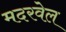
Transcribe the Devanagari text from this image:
मदरवेल